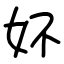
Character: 妚